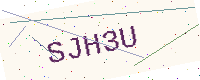
Text: SJH3U